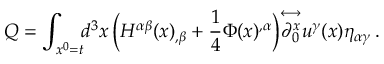
Q = \int _ { x ^ { 0 } = t } \! \! d ^ { 3 } x \, \Big ( H ^ { \alpha \beta } ( x ) _ { , \beta } + \frac { 1 } { 4 } \Phi ( x ) ^ { , \alpha } \Big ) { \stackrel { \longleftrightarrow } { \partial _ { 0 } ^ { x } } } u ^ { \gamma } ( x ) \eta _ { \alpha \gamma } \, .